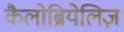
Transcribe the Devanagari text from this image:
कैलोब्रियेलिज़